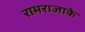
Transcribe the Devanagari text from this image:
रामराजाके